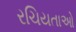
રચિયતાઓ